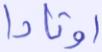
أوتادا